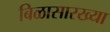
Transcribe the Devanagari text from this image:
बिळासारख्या